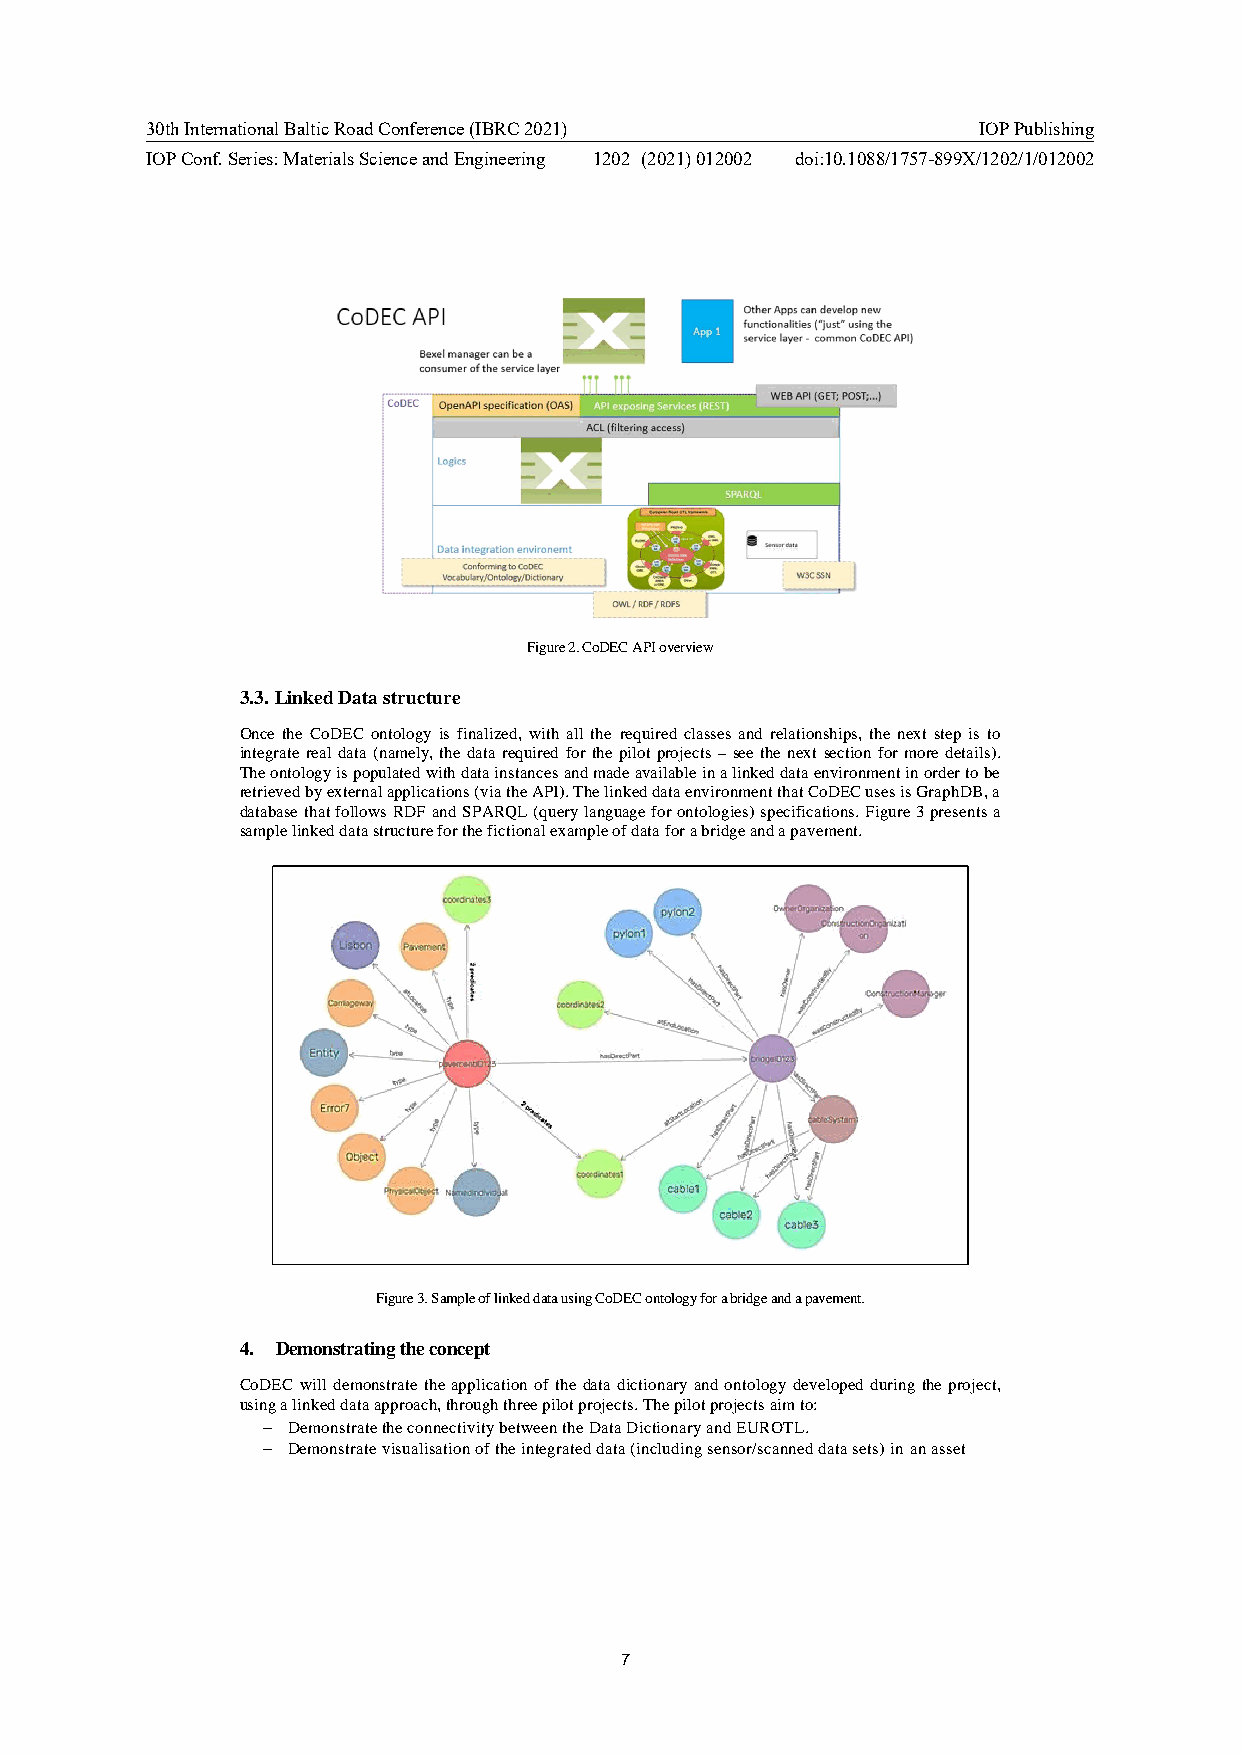
30th International Baltic Road Conference (IBRC 2021)  IOP Publishing
 IOP Conf. Series: Materials Science and Engineering 1202 (2021) 012002 doi:10.1088/1757-899X/1202/1/012002
 Figure 2. CoDEC API overview
 3.3. Linked Data structure
 Once the CoDEC ontology is finalized, with all the required classes and relationships, the next step is to
 integrate real data (namely, the data required for the pilot projects – see the next section for more details).
 The ontology is populated with data instances and made available in a linked data environment in order to be
 retrieved by external applications (via the API). The linked data environment that CoDEC uses is GraphDB, a
 database that follows RDF and SPARQL (query language for ontologies) specifications. Figure 3 presents a
 sample linked data structure for the fictional example of data for a bridge and a pavement.
 Figure 3. Sample of linked data using CoDEC ontology for a bridge and a pavement.
 4. Demonstrating the concept
 CoDEC will demonstrate the application of the data dictionary and ontology developed during the project,
 using a linked data approach, through three pilot projects. The pilot projects aim to:
 − Demonstrate the connectivity between the Data Dictionary and EUROTL.
 − Demonstrate visualisation of the integrated data (including sensor/scanned data sets) in an asset
 7